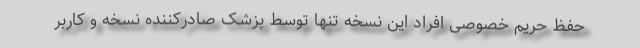
حفظ حریم خصوصی افراد این نسخه تنها توسط پزشک صادرکننده نسخه و کاربر